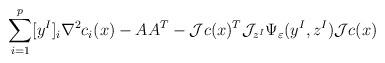
LaTeX: \begin{align*}\displaystyle \sum_{i=1}^p [y^I]_i\nabla^2c_i(x)-AA^T-{\cal J}c(x)^T{\cal J}_{z^I}\Psi_{\varepsilon}(y^I,z^I){\cal J}c(x)\end{align*}